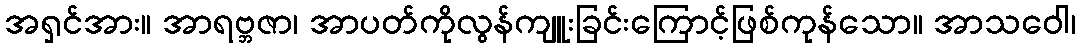
အရှင်အား။ အာရဗ္ဘဇာ၊ အာပတ်ကိုလွန်ကျူးခြင်းကြောင့်ဖြစ်ကုန်သော။ အာသဝေါ၊